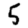
Digit: 5